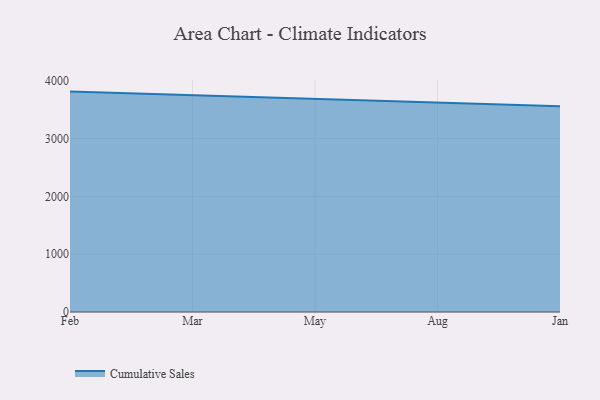
{"axis": {"x": "Month", "y": "Waste Production (Tons)"}, "legend": ["Cumulative Sales"], "data": [{"x": "Feb", "y": 3812.7, "type": "Cumulative Sales"}, {"x": "Mar", "y": 3750.5, "type": "Cumulative Sales"}, {"x": "May", "y": 3676.0, "type": "Cumulative Sales"}, {"x": "Aug", "y": 3619.4, "type": "Cumulative Sales"}, {"x": "Jan", "y": 3558.9, "type": "Cumulative Sales"}]}